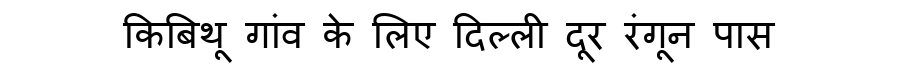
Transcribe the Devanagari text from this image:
किबिथू गांव के लिए दिल्ली दूर रंगून पास